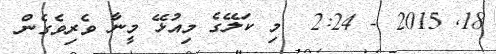
18